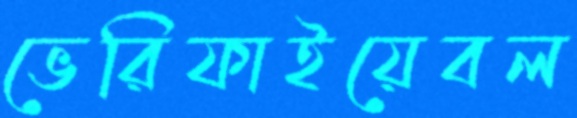
ভেরিফাইয়েবল